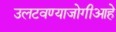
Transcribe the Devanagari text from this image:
उलटवण्याजोगीआहे